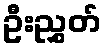
ဦးညွှတ်